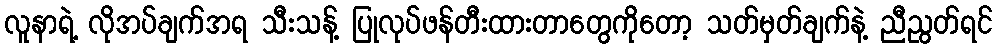
လူနာရဲ့ လိုအပ်ချက်အရ သီးသန့် ပြုလုပ်ဖန်တီးထားတာတွေကိုတော့ သတ်မှတ်ချက်နဲ့ ညီညွတ်ရင်